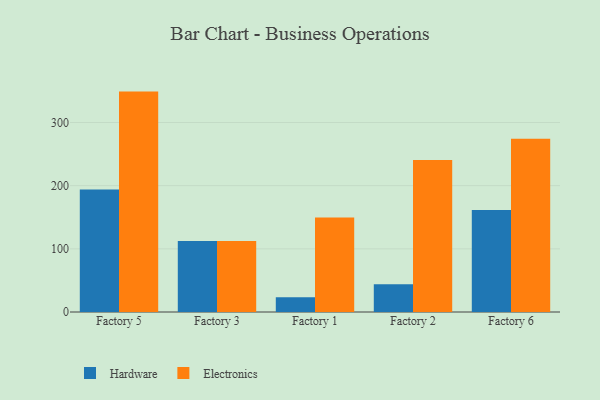
{"axis": {"x": "Factory", "y": "Inventory Turnover"}, "legend": ["Electronics", "Hardware"], "data": [{"x": "Factory 5", "y": 194.1, "type": "Hardware"}, {"x": "Factory 5", "y": 348.9, "type": "Electronics"}, {"x": "Factory 3", "y": 112.4, "type": "Hardware"}, {"x": "Factory 3", "y": 112.3, "type": "Electronics"}, {"x": "Factory 1", "y": 23.2, "type": "Hardware"}, {"x": "Factory 1", "y": 149.5, "type": "Electronics"}, {"x": "Factory 2", "y": 44.1, "type": "Hardware"}, {"x": "Factory 2", "y": 240.5, "type": "Electronics"}, {"x": "Factory 6", "y": 161.4, "type": "Hardware"}, {"x": "Factory 6", "y": 274.1, "type": "Electronics"}]}